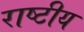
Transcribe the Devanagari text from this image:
राष्‍टीय